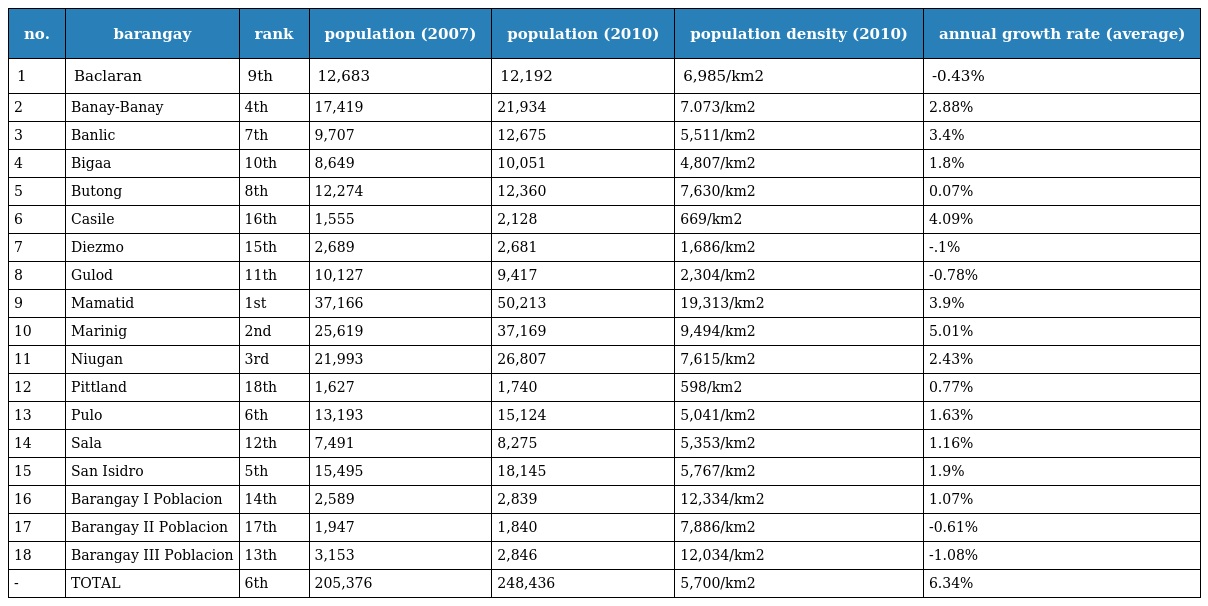
| no. | barangay | rank | population (2007) | population (2010) | population density (2010) | annual growth rate (average) |
 | --- | --- | --- | --- | --- | --- | --- |
 | 1 | Baclaran | 9th | 12,683 | 12,192 | 6,985/km2 | -0.43% |
 | 2 | Banay-Banay | 4th | 17,419 | 21,934 | 7.073/km2 | 2.88% |
 | 3 | Banlic | 7th | 9,707 | 12,675 | 5,511/km2 | 3.4% |
 | 4 | Bigaa | 10th | 8,649 | 10,051 | 4,807/km2 | 1.8% |
 | 5 | Butong | 8th | 12,274 | 12,360 | 7,630/km2 | 0.07% |
 | 6 | Casile | 16th | 1,555 | 2,128 | 669/km2 | 4.09% |
 | 7 | Diezmo | 15th | 2,689 | 2,681 | 1,686/km2 | -.1% |
 | 8 | Gulod | 11th | 10,127 | 9,417 | 2,304/km2 | -0.78% |
 | 9 | Mamatid | 1st | 37,166 | 50,213 | 19,313/km2 | 3.9% |
 | 10 | Marinig | 2nd | 25,619 | 37,169 | 9,494/km2 | 5.01% |
 | 11 | Niugan | 3rd | 21,993 | 26,807 | 7,615/km2 | 2.43% |
 | 12 | Pittland | 18th | 1,627 | 1,740 | 598/km2 | 0.77% |
 | 13 | Pulo | 6th | 13,193 | 15,124 | 5,041/km2 | 1.63% |
 | 14 | Sala | 12th | 7,491 | 8,275 | 5,353/km2 | 1.16% |
 | 15 | San Isidro | 5th | 15,495 | 18,145 | 5,767/km2 | 1.9% |
 | 16 | Barangay I Poblacion | 14th | 2,589 | 2,839 | 12,334/km2 | 1.07% |
 | 17 | Barangay II Poblacion | 17th | 1,947 | 1,840 | 7,886/km2 | -0.61% |
 | 18 | Barangay III Poblacion | 13th | 3,153 | 2,846 | 12,034/km2 | -1.08% |
 | - | TOTAL | 6th | 205,376 | 248,436 | 5,700/km2 | 6.34% |